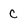
Character: C